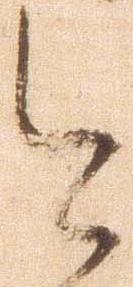
今